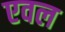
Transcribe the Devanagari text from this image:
एवल